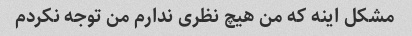
مشکل اینه که من هیچ نظری ندارم من توجه نکردم